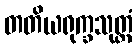
တတိယရုက္ခသုတ္တံ